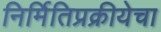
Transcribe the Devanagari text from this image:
निर्मितिप्रक्रीयेचा